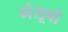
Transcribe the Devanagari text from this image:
मंसूबो